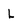
Character: L